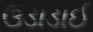
ઉડાડાઈ